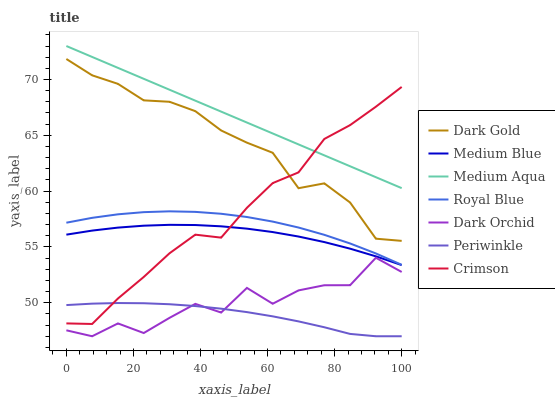
| xaxis_label | Dark Gold | Medium Blue | Medium Aqua | Royal Blue | Dark Orchid | Periwinkle | Crimson |
 | --- | --- | --- | --- | --- | --- | --- | --- |
 | 0 | 71.8 | 56.1 | 73 | 57.2 | 47.5 | 49.8 | 48.2 |
 | 7.69 | 70.4 | 56.5 | 72 | 57.6 | 47 | 49.9 | 48.1 |
 | 15.4 | 69.6 | 56.7 | 71 | 57.9 | 48.1 | 50 | 50.4 |
 | 23.1 | 68.1 | 56.9 | 70.1 | 58.1 | 47.3 | 50 | 52.3 |
 | 30.8 | 68 | 57 | 69.1 | 58.2 | 48.6 | 49.9 | 54.4 |
 | 38.5 | 67.2 | 57 | 68.1 | 58.1 | 49.9 | 49.7 | 56.1 |
 | 46.2 | 65.4 | 56.8 | 67.1 | 58 | 49.1 | 49.5 | 55.8 |
 | 53.8 | 64.3 | 56.6 | 66.1 | 57.7 | 51.3 | 49.2 | 58.5 |
 | 61.5 | 63.4 | 56.3 | 65.2 | 57.3 | 49.9 | 48.8 | 60.7 |
 | 69.2 | 60.3 | 55.9 | 64.2 | 56.7 | 51.1 | 48.3 | 61.7 |
 | 76.9 | 60.7 | 55.4 | 63.2 | 56.1 | 51.6 | 47.8 | 64.7 |
 | 84.6 | 59 | 54.8 | 62.2 | 55.3 | 51.6 | 47.2 | 65.9 |
 | 92.3 | 55.7 | 54.2 | 61.2 | 54.4 | 54 | 47 | 67.6 |
 | 100 | 55.5 | 53.4 | 60.3 | 53.4 | 52.8 | 47 | 69.3 |